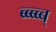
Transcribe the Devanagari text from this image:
ब्ब्ब्ब्ब्